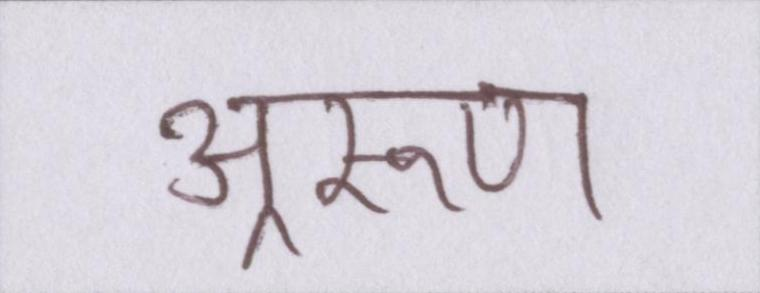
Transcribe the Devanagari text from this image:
अ्ररूण